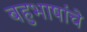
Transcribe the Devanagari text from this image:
बहुभाषांचे